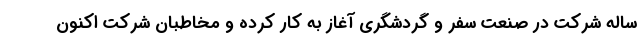
ساله شرکت در صنعت سفر و گردشگری آغاز به کار کرده و مخاطبان شرکت اکنون